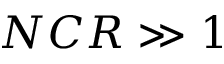
N C R \gg 1